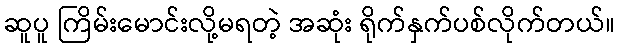
ဆူပူ ကြိမ်းမောင်းလို့မရတဲ့ အဆုံး ရိုက်နှက်ပစ်လိုက်တယ်။